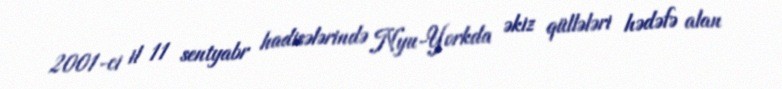
2001-ci il 11 sentyabr hadisələrində Nyu-Yorkda əkiz qüllələri hədəfə alan